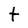
Character: t